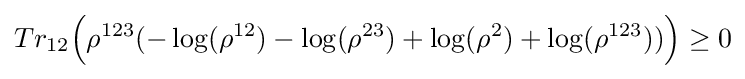
Tr_{12}{\Bigl (}\rho ^{123}(-\log(\rho ^{12})-\log(\rho ^{23})+\log(\rho ^{2})+\log(\rho ^{123})){\Bigr )}\geq 0